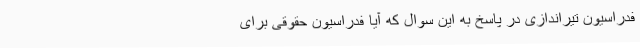
فدراسیون تیراندازی در پاسخ به این سوال که آیا فدراسیون حقوقی برای